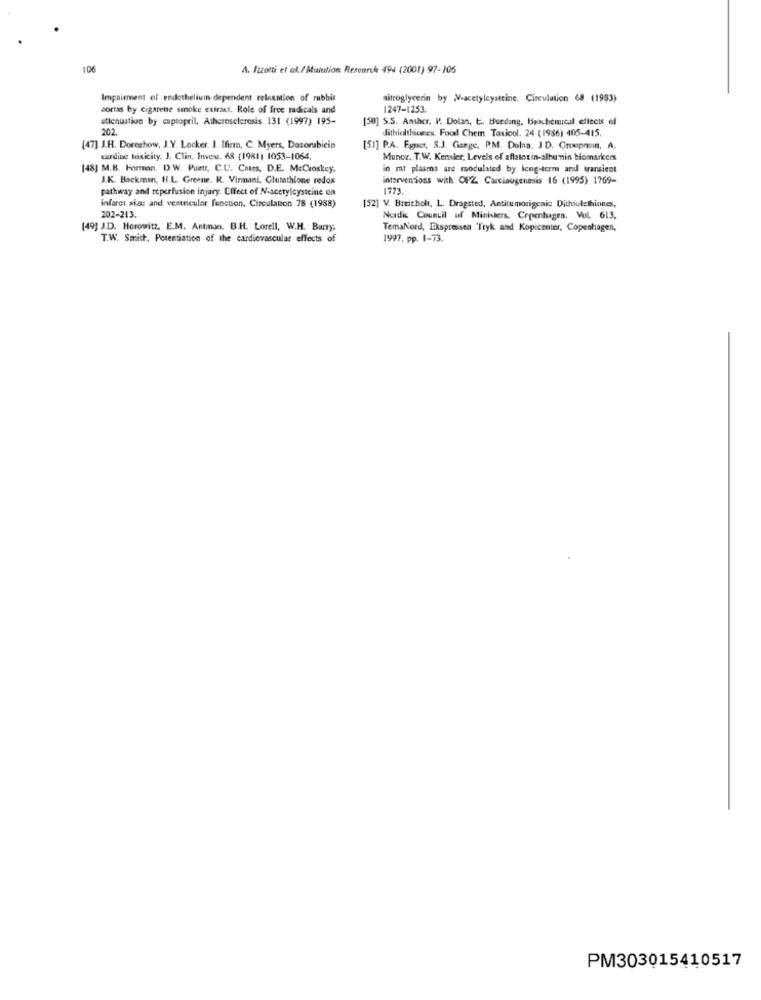
106
A. Izzotti et al./ Muiution Research 494 (2001) 97-105
Impairment of endothelium dependent relaxmion of rabbit
nitroglycerin by N-acetylcysteine. Circulation 68 (1993)
sortas by cigarene smoke extract. Role of free radicals and
1247-1253.
attenuation by captopril, Atherosclerosis 131 (1997) 195-
[50] S.S. Ansher. V. Dolan, E. Heeding, beochemical effects of
202.
dithielthiones, Food Chem Taxicol. 24 (1986) 405-415.
(47] J.H. Doreshow, J.Y. Locker. I. Ifirm, C. Myers, Dozorubicin
[51] P.A. Exper, S.J. Gange. P.M. Dolna. JD. Groupmin. A.
cardine taxicity. J. Clin, Invest. 68 (1981) 1053-1064.
Munce, T.W. Kensier, Levels of aflatotin-alhummin biomarkers
[48] M.B. Forman. D.W. Puett, C.U. Cites, D.E. MeCroskey,
in rat plasma are modulated by long-term and transient
J.K. Backman, H.L. Greene. R. Vinnani, Glutathione redox
interventions with OPZ Carcinogenesis 16 (1995) 1769-
pathway and reperfusion injury. Effect of N-acetylcysteine on
1773.
infarct size and ventricular function, Circulation 78 (1988)
[52] V. Breitholt, L. Dragsted, Antitumorigenic Dithiolethinnes,
202-213.
Nordic Council of Ministers. Copenhagen. Vol. 613.
[49] J.D. Horowitz, E.M. Antman. B.H. Lorell, W.H. Bury,
TemaNord, Ekspressen Tryk and Kopicenter, Copenhagen,
T.W. Smith, Potentiation of the cardiovascular effects of
1997, pp. 1-73.
PM303015410517